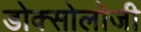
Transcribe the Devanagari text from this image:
डोक्सोलोजी